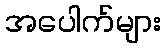
အပေါက်များ